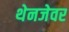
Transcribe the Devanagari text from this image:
थेनजेवर